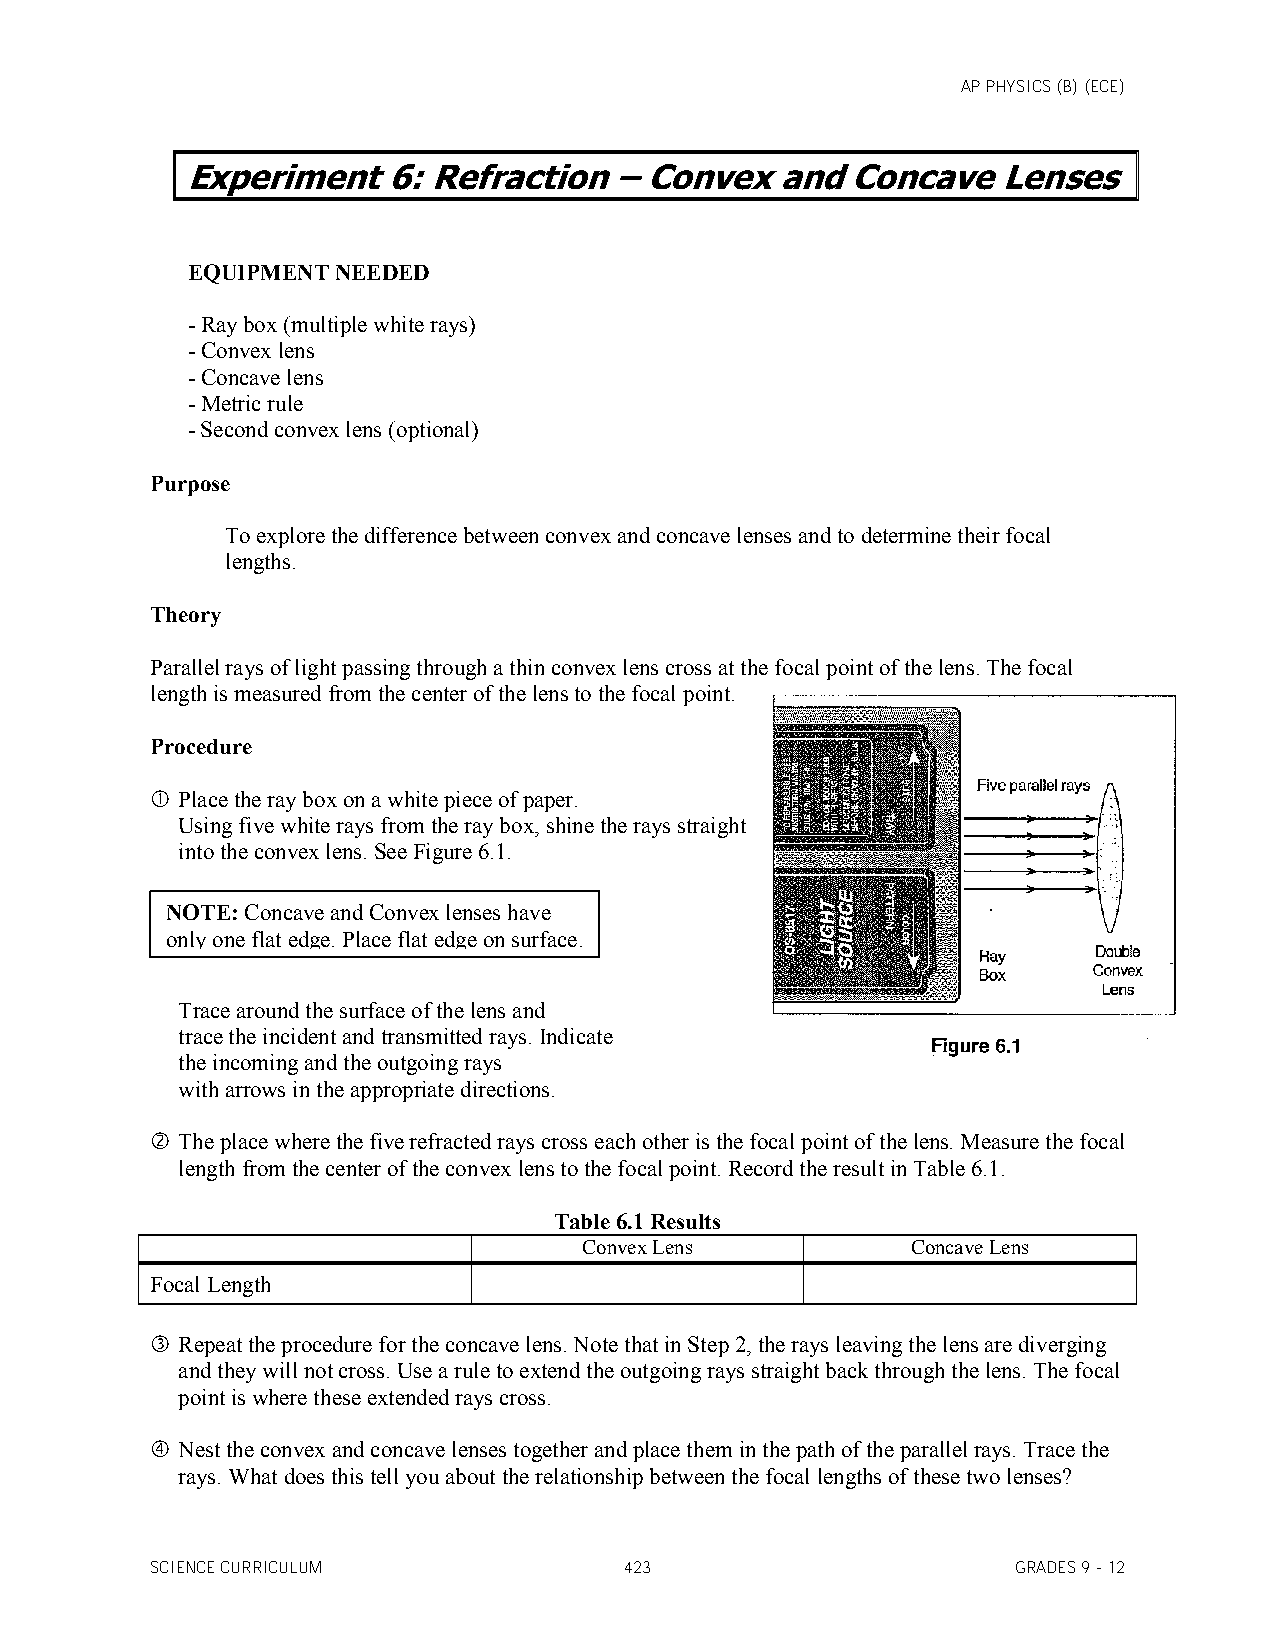
AP PHYSICS (B) (ECE)
 Experiment    6: Refraction  – Convex   and Concave   Lenses
 EQUIPMENT NEEDED
 - Ray box (multiple white rays)
 - Convex lens
 - Concave lens
 - Metric rule
 - Second convex lens (optional)
 Purpose
 To explore the difference between convex and concave lenses and to determine their focal
 lengths.
 Theory
 Parallel rays of light passing through a thin convex lens cross at the focal point of the lens. The focal
 length is measured from the center of the lens to the focal point.
 Procedure
  Place the ray box on a white piece of paper.
 Using five white rays from the ray box, shine the rays straight
 into the convex lens. See Figure 6.1.
 NOTE: Concave and Convex lenses have
 only one flat edge. Place flat edge on surface.
 Trace around the surface of the lens and
 trace the incident and transmitted rays. Indicate
 the incoming and the outgoing rays
 with arrows in the appropriate directions.
  The place where the five refracted rays cross each other is the focal point of the lens. Measure the focal
 length from the center of the convex lens to the focal point. Record the result in Table 6.1.
 Table 6.1 Results
 Convex Lens          Concave Lens
 Focal Length
  Repeat the procedure for the concave lens. Note that in Step 2, the rays leaving the lens are diverging
 and they will not cross. Use a rule to extend the outgoing rays straight back through the lens. The focal
 point is where these extended rays cross.
  Nest the convex and concave lenses together and place them in the path of the parallel rays. Trace the
 rays. What does this tell you about the relationship between the focal lengths of these two lenses?
 SCIENCE CURRICULUM             423                       GRADES 9 - 12